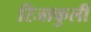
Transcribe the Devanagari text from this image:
रिजाकुली